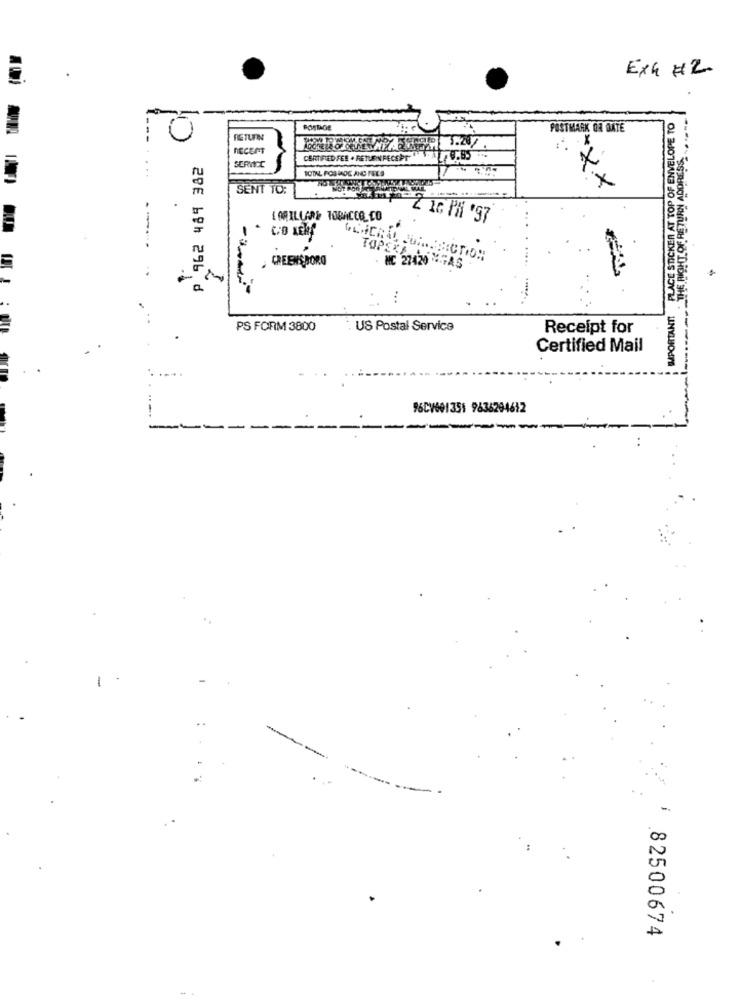
ExG #2
PLACE STICKER AT TOP OF ENVELOPE TO
POSTAGE
POSTMARK OR BATE
0
RETURN
RECEPT
SERVICE
CERTIFIED FEE . RETURNFECEPT .85
TOTAL FOUNDE ANC FELS
SENT TO:
-XX
2 16 PM '97
TOPERA
CREENSBORG
NC 27420 7A5
.1.
29 69h 296 d
:
PS FORM 3800
US Postal Service
Receipt for
Certified Mail
96CV601351 9636294612
-
-
82500674